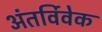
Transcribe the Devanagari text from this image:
अंतर्विवेक